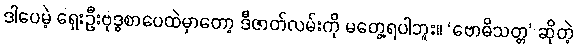
ဒါပေမဲ့ ရှေးဦးဗုဒ္ဓစာပေထဲမှာတော့ ဒီဇာတ်လမ်းကို မတွေ့ရပါဘူး။ ‘ဗောဓိသတ္တ’ ဆိုတဲ့